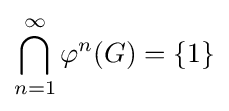
\bigcap _{n=1}^{\infty }\varphi ^{n}(G)=\{1\}